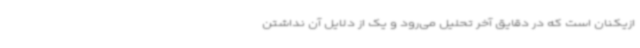
ازیکنان است که در دقایق آخر تحلیل می‌رود و یک از دلایل آن نداشتن